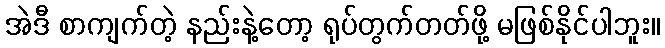
အဲဒီ စာကျက်တဲ့ နည်းနဲ့တော့ ရုပ်တွက်တတ်ဖို့ မဖြစ်နိုင်ပါဘူး။